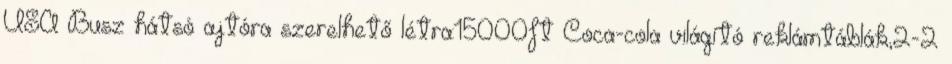
USA Busz hátsó ajtóra szerelhető létra:15000ft Coca-cola világító reklámtáblák,2-2